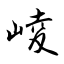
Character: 崚